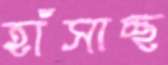
হাঁসাচ্ছ